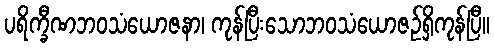
ပရိက္ခီဏဘဝသံယောဇနာ၊ ကုန်ပြီးသောဘဝသံယောဇဉ်ရှိကုန်ပြီ။